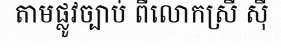
តាមផ្លូវច្បាប់ ពីលោកស្រី ស៊ី